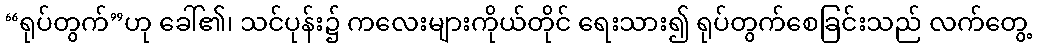
“ရုပ်တွက်”ဟု ခေါ်၏၊ သင်ပုန်း၌ ကလေးများကိုယ်တိုင် ရေးသား၍ ရုပ်တွက်စေခြင်းသည် လက်တွေ့